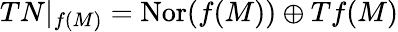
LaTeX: TN|_{f(M)}=\operatorname{Nor}(f(M))\oplus Tf(M)